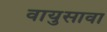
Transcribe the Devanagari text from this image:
वायुसावा